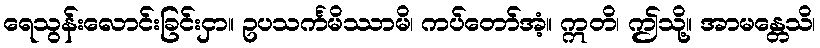
ရေသွန်းလောင်းခြင်းငှာ။ ဥပသင်္ကမိဿာမိ၊ ကပ်တော်အံ့။ ဣတိ၊ ဤသို့။ အာမန္တေသိ၊